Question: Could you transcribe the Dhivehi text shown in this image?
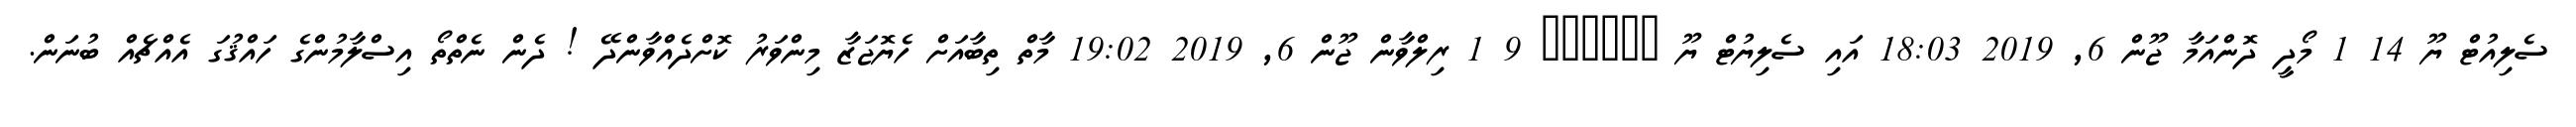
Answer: ސެލިއުޓް ޔޫ 14 1 މޯދީ ދޮންއަމާ ޖޫން 6, 2019 18:03 އައި ސެލިޔުޓް ޔޫ ?????? 9 1 ރިލްވާން ޖޫން 6, 2019 19:02 މާތް ތިބާއަށް ހެޔޮޖަޒާ މިންވަރު ކޮށްދެއްވާންދޭ ! ދެން ނެތްތޯ އިސްލާމުންގެ ހައްޤުގަ އެއްޗެއް ބުނަން.